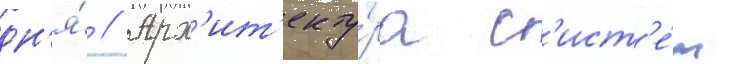
дн'я́ // Арх'ит'екту́ра с'ист'е́м